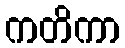
ကတိကာ